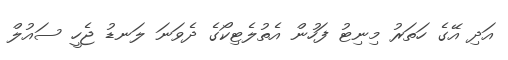
އަދި އޭގެ ހަތަރު މިނިޓު ފަހުން އެތުލެޓިކޯގެ ދެވަނަ ލަނޑު ޖެހީ ސައުލް